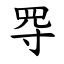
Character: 㝶